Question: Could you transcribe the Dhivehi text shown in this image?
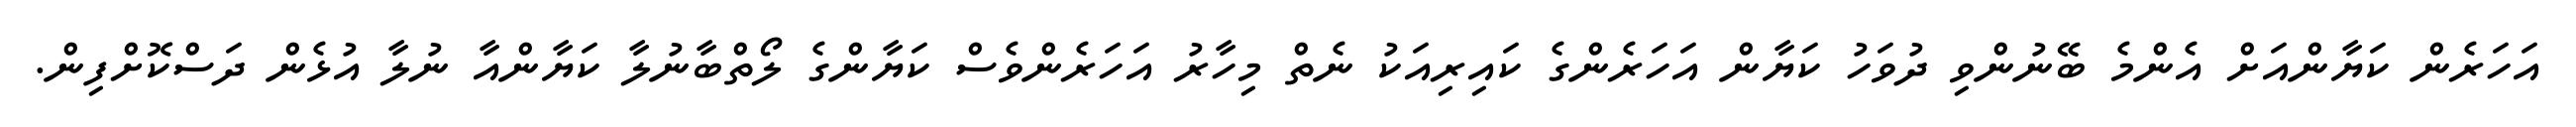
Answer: އަހަރެން ކަޔާންއަށް އެންމެ ބޭނުންވި ދުވަހު ކަޔާން އަހަރެންގެ ކައިރިއަކު ނެތް މިހާރު އަހަރެންވެސް ކަޔާންގެ ލޯތްބާނުލާ ކަޔާންއާ ނުލާ އުޅެން ދަސްކޮށްފިން.